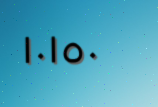
١٠١٥٠